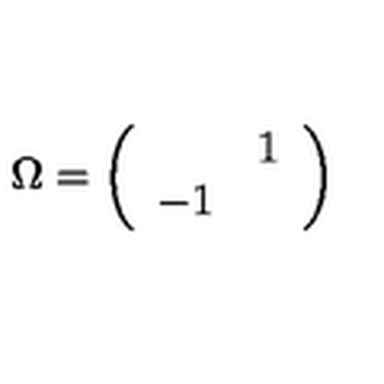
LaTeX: \Omega = \left( \begin{array} { c c } { } & { 1 } \\ { - 1 } & { } \\ \end{array} \right)